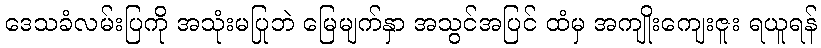
ဒေသခံလမ်းပြကို အသုံးမပြုဘဲ မြေမျက်နှာ အသွင်အပြင် ထံမှ အကျိုးကျေးဇူး ရယူရန်